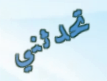
تحدثني